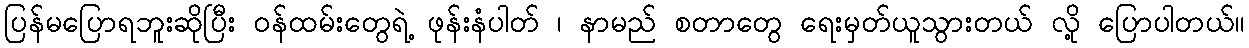
ပြန်မပြောရဘူးဆိုပြီး ဝန်ထမ်းတွေရဲ့ ဖုန်းနံပါတ် ၊ နာမည် စတာတွေ ရေးမှတ်ယူသွားတယ် လို့ ပြောပါတယ်။